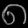
Digit: ၈